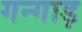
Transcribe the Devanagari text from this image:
गन्गाड़